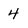
Character: 4